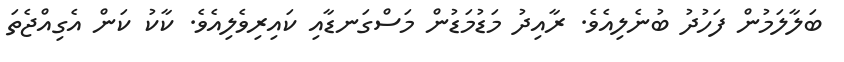
ބަލާލަމުން ފަހުދު ބުނެލިއެވެ. ރާއިދު މަޑުމަޑުން މަސްގަނޑާއި ކައިރިވެލިއެވެ. ކާކު ކަން އެގިއްޖެތަ